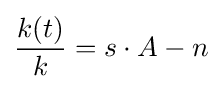
{\frac {k(t)}{k}}=s\cdot A-n